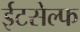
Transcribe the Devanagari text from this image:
ईटसेल्फ